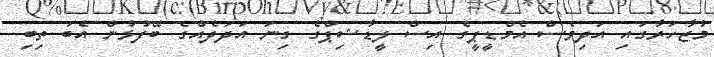
މުޒާހަރާގައި އަދިވެސް އެމްޑީޕީގެ އިސް ލީޑާޝިޕްގެ ގިނަ އަދަދެއްގެ ބޭފުޅުން އެބަ ތިބި.